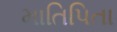
માતિપિતા